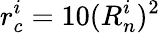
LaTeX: r_{c}^{i}=10(R_{n}^{i})^{2}